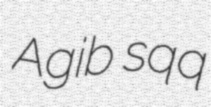
Agib sqq